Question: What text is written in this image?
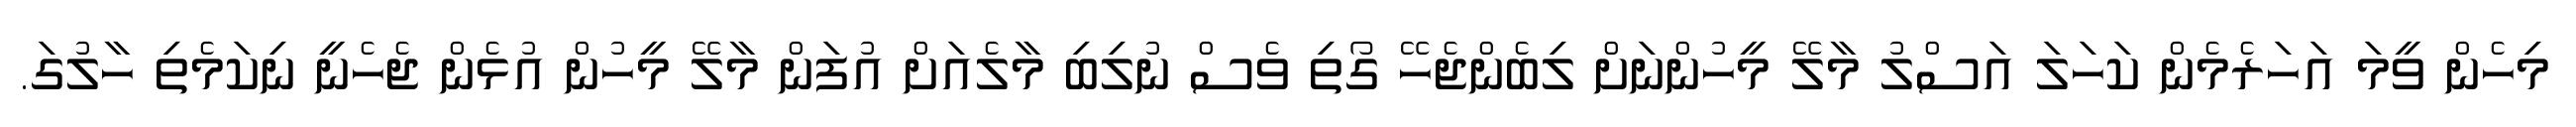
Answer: މިހެން ވީމަ އަހަރެމެން ކަހަލަ އަސްލު މާލޭ މީހުންނަށް ލިބެންޖެހޭ ގޯތި ވެސް ނުލިބި މާލެއަށް އުފަން މާލޭ މީހުން އުޅެން ޖެހެނީ ނިކަމެތި ހާލުގަ.